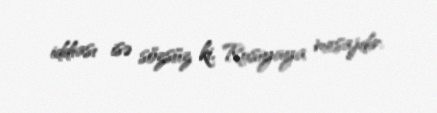
iddiası isə sözsüz ki, Rusiyaya mesajdır.